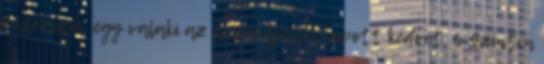
emlékszik, egy valaki az anyukájától kapott kedvet, s szintén